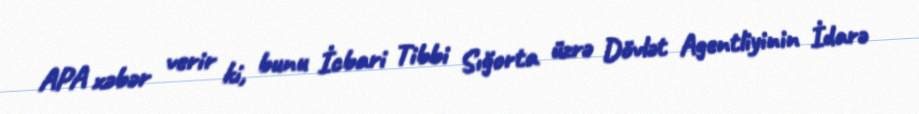
APA xəbər verir ki, bunu İcbari Tibbi Sığorta üzrə Dövlət Agentliyinin İdarə